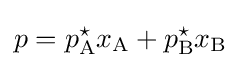
p=p_{\text{A}}^{\star }x_{\text{A}}+p_{\text{B}}^{\star }x_{\text{B}}